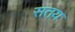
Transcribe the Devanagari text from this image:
सतय